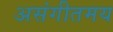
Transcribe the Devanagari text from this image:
असंगीतमय